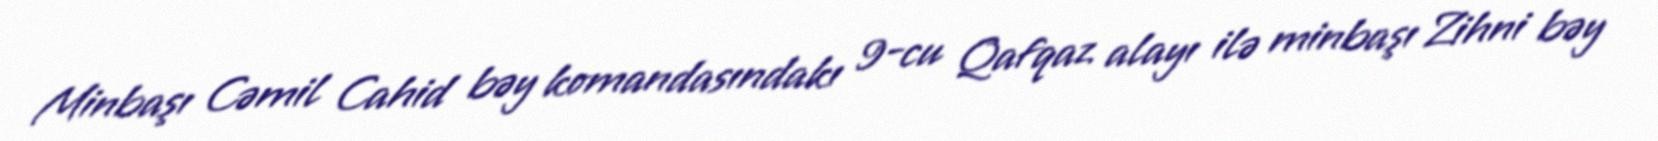
Minbaşı Cəmil Cahid bəy komandasındakı 9-cu Qafqaz alayı ilə minbaşı Zihni bəy